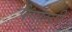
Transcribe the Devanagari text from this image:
पैनाल्टी